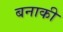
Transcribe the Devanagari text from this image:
बनाकी